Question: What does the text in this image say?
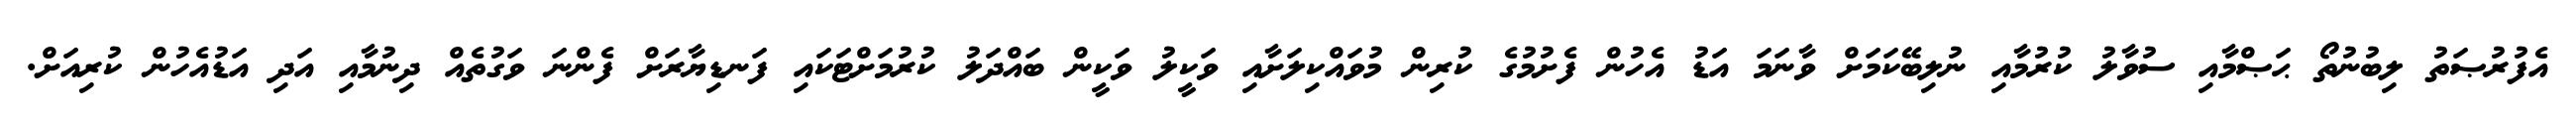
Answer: އެފުރުޞަތު ލިބުނުތޯ ޙަޞްމާއި ސުވާލު ކުރުމާއި ނުލިބޭކަމަށް ވާނަމަ އަޑު އެހުން ފެށުމުގެ ކުރިން މުވައްކިލަށާއި ވަކީލު ވަކީން ބައްދަލު ކުރުމަށްޓަކައި ފަނޑިޔާރަށް ފެންނަ ވަގުތެއް ދިނުމާއި އަދި އަޑުއެހުން ކުރިއަށް.